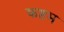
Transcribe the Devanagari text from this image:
कष्टम